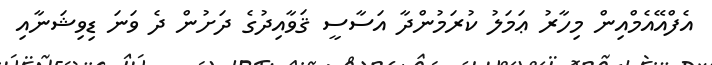
އެފްއޭއެމްއިން މިހާރު ޢަމަލު ކުރަމުންދާ އަސާސީ ޤަވާއިދުގެ ދަށުން ދެ ވަނަ ޑިވިޝަނާއި